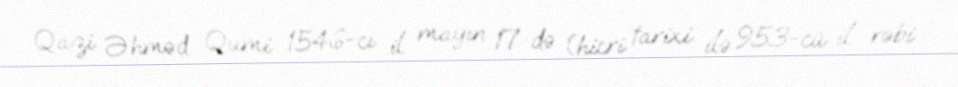
Qazi Əhməd Qumi 1546-cı il mayın 17-də (hicri tarixi ilə 953-cü il rəbi